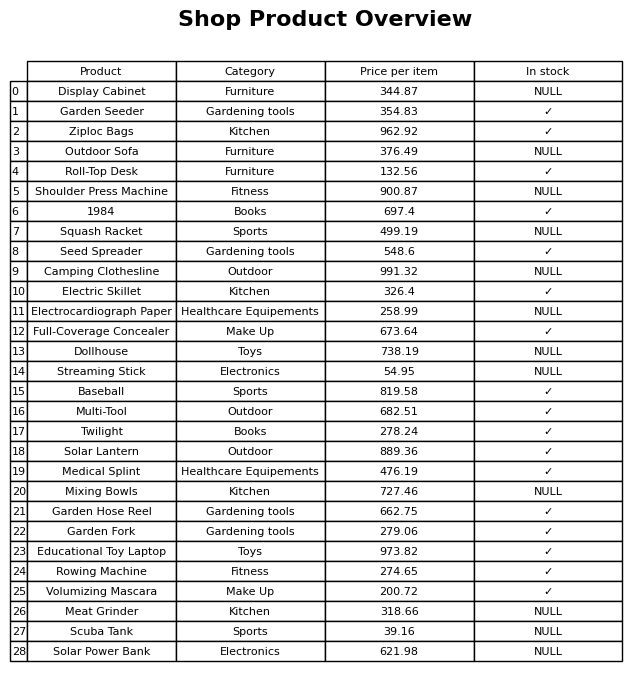
question: What is the price for Full-Coverage Concealer?
answer: The price of Full-Coverage Concealer is 673.64.